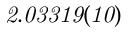
\it { 2 . 0 3 3 1 9 ( 1 0 ) }